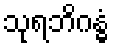
သုရဘိဂန္ဓံ